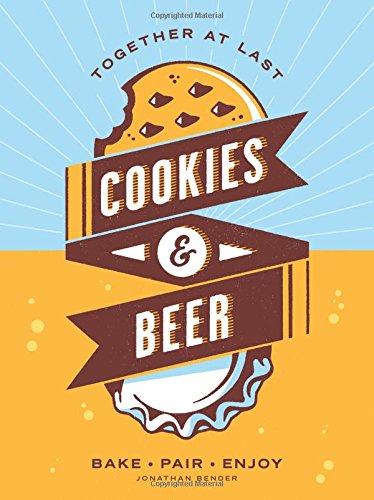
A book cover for Cookies & Beer: Bake, Pair, Enjoy; Jonathan Bender; Cookbooks, Food & Wine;